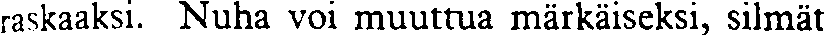
raskaaksi. Nuha voi muuttua märkäiseksi, silmät